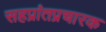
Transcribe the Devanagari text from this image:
सहप्रांतप्रचारक